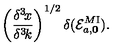
\left( { \frac { \delta ^ { 3 } \! x } { \delta ^ { 3 } \! k } } \right) ^ { 1 / 2 } \delta ( { \cal E } _ { a , \bf 0 } ^ { M \mathrm { I } } ) .